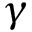
\gamma